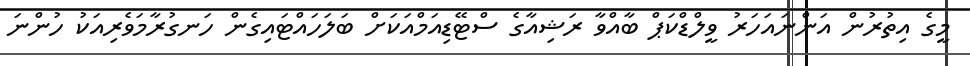
މީގެ އިތުރުން އަންނައަހަރު ވީލްޑްކަޕް ބާއްވާ ރަޝިއާގެ ސްޓޭޑިއަމްއަކަށް ބަލަހައްޓައިގެން ހަނގުރާމަވެރިއަކު ހުންނަ